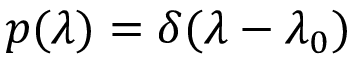
p ( \lambda ) = \delta ( \lambda - \lambda _ { 0 } )